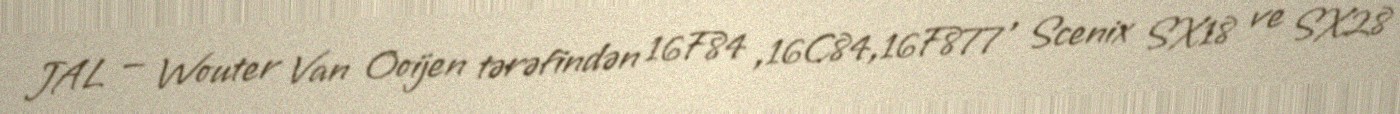
JAL — Wouter Van Ooijen tərəfindən 16F84 ,16C84,16F877 , Scenix SX18 ve SX28